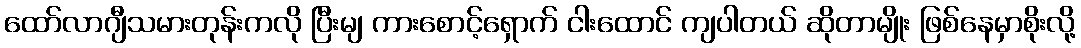
ထော်လာဂျီသမားတုန်းကလို ပြီးမျ ကားစောင့်ရှောက် ငါးထောင် ကျပါတယ် ဆိုတာမျိုး ဖြစ်နေမှာစိုးလို့